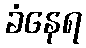
ခံနေရ